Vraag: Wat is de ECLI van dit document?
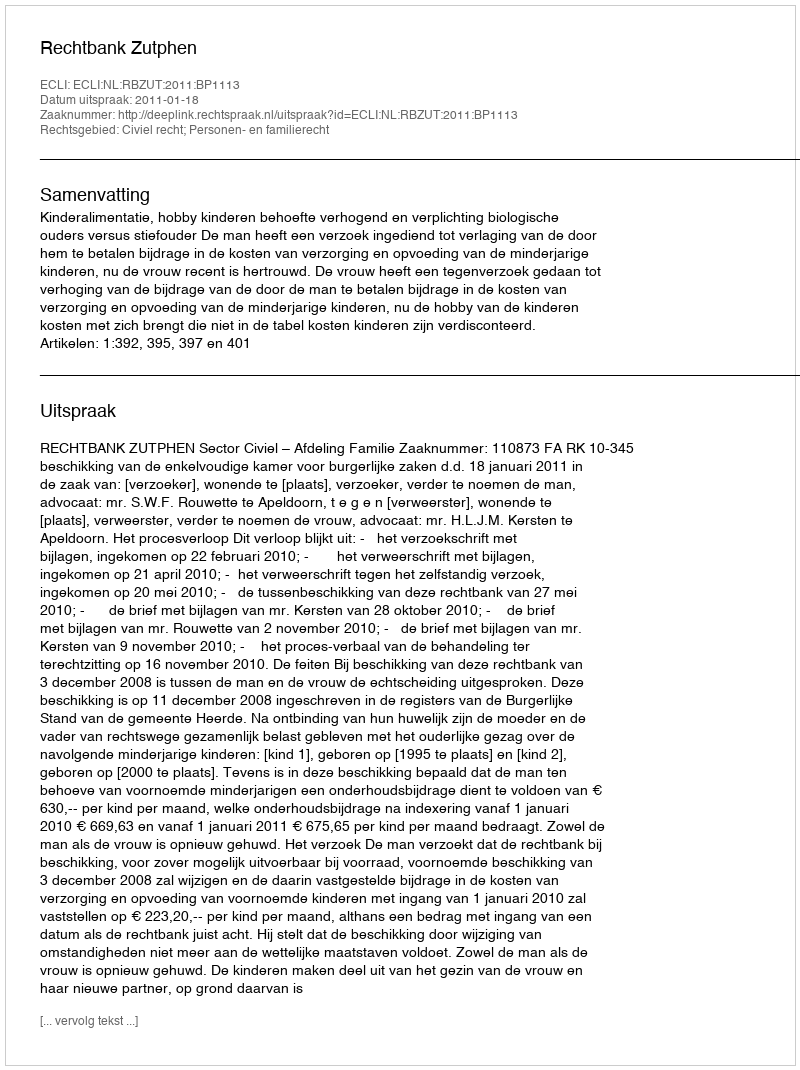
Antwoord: ECLI:NL:RBZUT:2011:BP1113